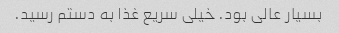
بسیار عالی بود. خیلی سریع غذا به دستم رسید.